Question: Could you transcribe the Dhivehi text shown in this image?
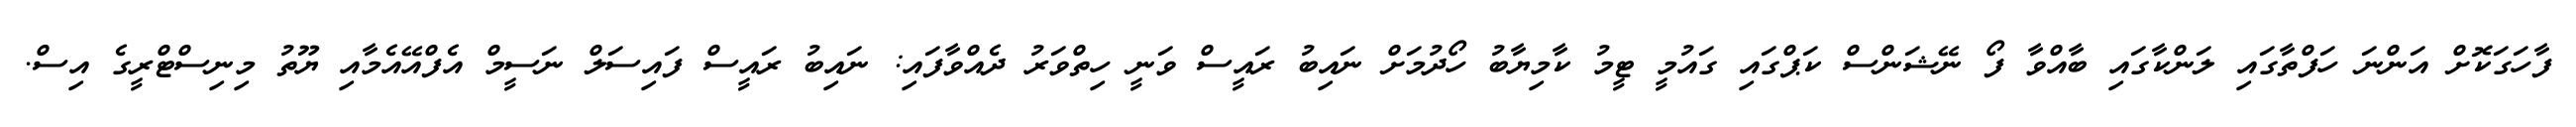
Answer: ފާހަގަކޮށް އަންނަ ހަފްތާގައި ލަންކާގައި ބާއްވާ ފޯ ނޭޝަންސް ކަޕްގައި ގައުމީ ޓީމު ކާމިޔާބު ހޯދުމަށް ނައިބު ރައީސް ވަނީ ހިތްވަރު ދެއްވާފައި: ނައިބު ރައީސް ފައިސަލް ނަސީމް އެފްއޭއެމާއި ޔޫތު މިނިސްޓްރީގެ އިސް.